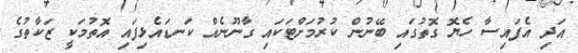
އަދި އެފައިސާ ހެޔޮ ގޮތުގައި ބޭނުން ކުރުމަށްޓަކައި ގާނޫނެއް ކަނޑައެޅިފައި އޮތުމަކީ ޒަކާތުގެ